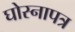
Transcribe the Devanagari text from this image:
घोस्नापत्र